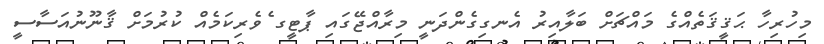
މިހުރިހާ ޙަޤީޤަތެއްގެ މައްޗަށް ބަލާއިރު އެނގިގެންދަނީ މިރާއްޖޭގައި ޕާޓީގ ެވެރިކަމެއް ކުރުމަށް ޤާނޫނުއަސާސީ